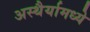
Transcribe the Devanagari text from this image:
अस्थैर्यामध्ये